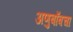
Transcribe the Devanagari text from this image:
अणुबाँबचा